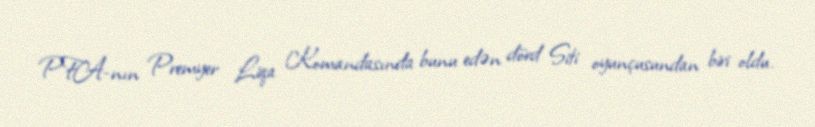
PFA-nın Premyer Liqa Komandasında bunu edən dörd Siti oyunçusundan biri oldu.